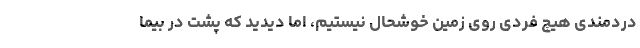
دردمندی هیچ فردی روی زمین خوشحال نیستیم، اما دیدید که پشت در بیما